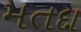
મતદા